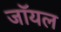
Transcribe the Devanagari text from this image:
जाॅयल